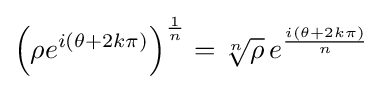
\left(\rho e^{i(\theta +2k\pi )}\right)^{\frac {1}{n}}={\sqrt[{n}]{\rho }}\,e^{\frac {i(\theta +2k\pi )}{n}}